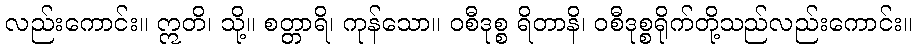
လည်းကောင်း။ ဣတိ၊ သို့။ စတ္တာရိ၊ ကုန်သော။ ဝစီဒုစ္စ ရိတာနိ၊ ဝစီဒုစ္စရိုက်တို့သည်လည်းကောင်း။